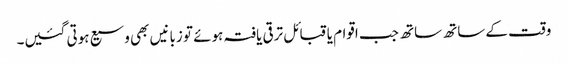
وقت کے ساتھ ساتھ جب اقوام یا قبائل ترقی یافتہ ہوئے تو زبانیں بھی وسیع ہوتی گئیں۔